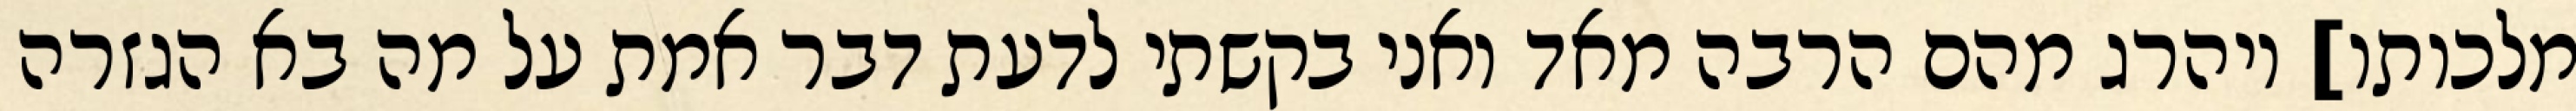
מלכותו] ויהרג מהם הרבה מאד ואני בקשתי לדעת דבר אמת על מה בא הגזרה